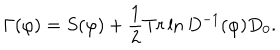
\Gamma ( \varphi ) = S ( \varphi ) + \frac { 1 } { 2 } T r \ln D ^ { - 1 } ( \varphi ) D _ { 0 } .